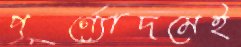
পূর্ণ্যোদমেই